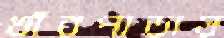
খাঁরপাড়ায়